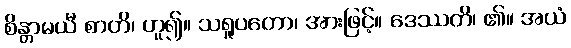
စိန္တာမယီ စာတိ၊ ဟူ၍။ သရူပတော၊ အားဖြင့်။ ဒေဿတိ၊ ၏။ အယံ